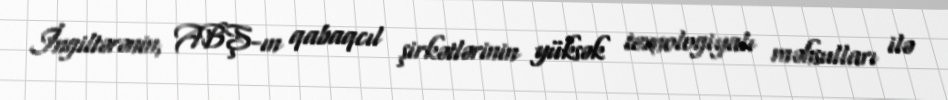
İngiltərənin, ABŞ-ın qabaqcıl şirkətlərinin yüksək texnologiyalı məhsulları ilə